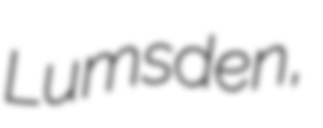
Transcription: Lumsden,